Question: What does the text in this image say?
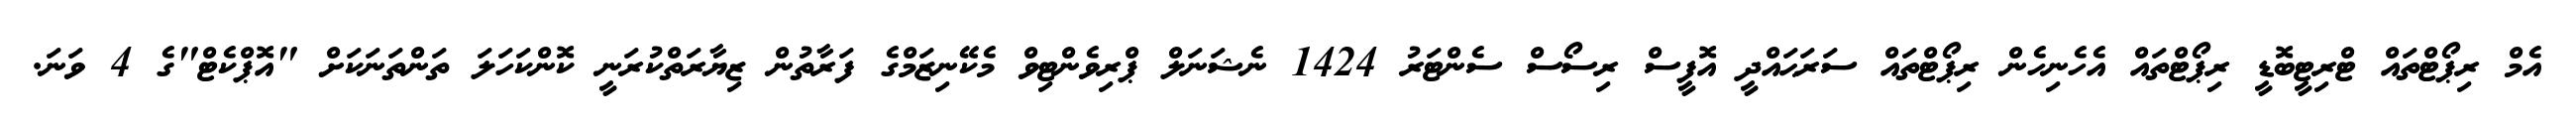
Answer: އެމް ރިޕޯޓްތައް ޓްރިޓީބޮޑީ ރިޕޯޓްތައް އެހެނިހެން ރިޕޯޓްތައް ސަރަޙައްދީ އޮފީސް ރިސޯސް ސެންޓަރު 1424 ނެޝަނަލް ޕްރިވެންޓިވް މެކޭނިޒަމްގެ ފަރާތުން ޒިޔާރަތްކުރަނީ ކޮންކަހަލަ ތަންތަނަކަށް "އޮޕްކެޓް"ގެ 4 ވަނަ.